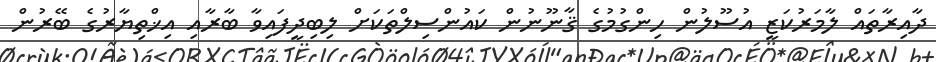
ދާއިރާތައް ލާމަރުކަޒީ އުސޫލުން ހިންގުމުގެ ޤާނޫނުން ކައުންސިލްތަކަށް ލިބިދީފައިވާ ބާރާއި އިޚްތިޔާރުގެ ބޭރުން